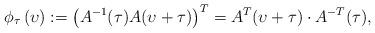
LaTeX: \begin{align*} \phi_{\tau}\left(\upsilon\right) :=\left(A^{-1}(\tau) A(\upsilon+\tau)\right)^T = A^T (\upsilon+\tau) \cdot A^{-T}(\tau), \end{align*}